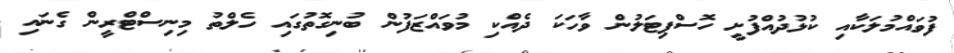
ފުވައްމުލަކާއި ކުޅުދުއްފުށީ ހޮސްޕިޓަލުން ވާހަކަ ދެއްކި މުވައްޒަފުން ބުނިގޮތުގައި ހެލްތު މިނިސްޓްރީން ގެނައި